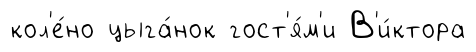
кол'е́но цыга́нок гост'я́м'и В'и́ктора